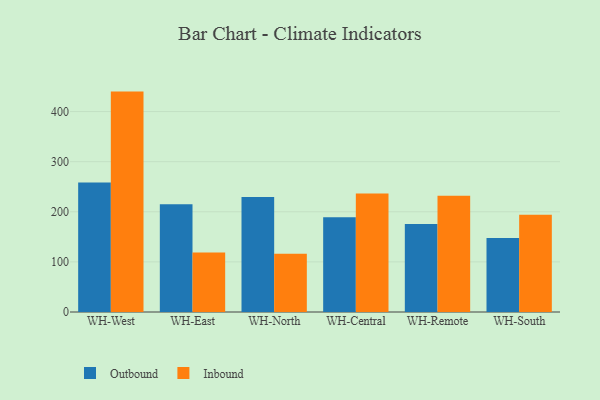
{"axis": {"x": "Warehouse", "y": "Operating Costs (USD K)"}, "legend": ["Inbound", "Outbound"], "data": [{"x": "WH-West", "y": 258.2, "type": "Outbound"}, {"x": "WH-West", "y": 439.8, "type": "Inbound"}, {"x": "WH-East", "y": 214.8, "type": "Outbound"}, {"x": "WH-East", "y": 118.8, "type": "Inbound"}, {"x": "WH-North", "y": 229.7, "type": "Outbound"}, {"x": "WH-North", "y": 116.2, "type": "Inbound"}, {"x": "WH-Central", "y": 188.9, "type": "Outbound"}, {"x": "WH-Central", "y": 236.3, "type": "Inbound"}, {"x": "WH-Remote", "y": 175.7, "type": "Outbound"}, {"x": "WH-Remote", "y": 232.2, "type": "Inbound"}, {"x": "WH-South", "y": 147.8, "type": "Outbound"}, {"x": "WH-South", "y": 194.1, "type": "Inbound"}]}